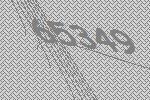
65349